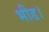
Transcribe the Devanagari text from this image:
भीड।